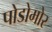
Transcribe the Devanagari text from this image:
पोडोमोर